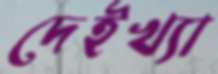
দেইখ্যা